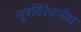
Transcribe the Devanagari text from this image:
मूत्रविरेचनीय